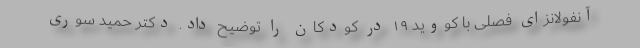
آنفولانزای فصلی با کووید ۱۹‌ در کودکان را توضیح داد. دکتر حمید سوری